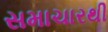
સમાચારથી